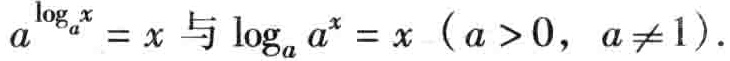
\(a^{\log_{a}x}=x\) 与 \(\log_{a} a^{x}=x\) \((a > 0,\ a\neq 1)\)